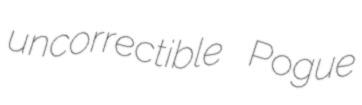
uncorrectible Pogue